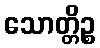
သောတ္တိဉ္စ